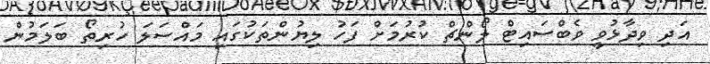
އަދި ވިދާޅުވީ ވެބްސައިޓް ލޯންޗް ކުރުމަށް ފަހު ލިޔުންތަކުގައި މައްސަލަ ހުރިތޯ ބަލަމުން